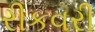
રીકવરી